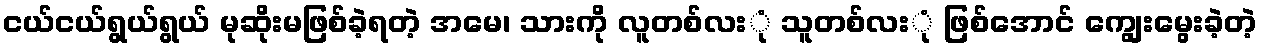
ငယ်ငယ်ရွယ်ရွယ် မုဆိုးမဖြစ်ခဲ့ရတဲ့ အမေ၊ သားကို လူတစ်လးုံ သူတစ်လးုံ ဖြစ်အောင် ကျွေးမွေးခဲ့တဲ့